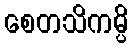
စေတသိကမ္ပိ